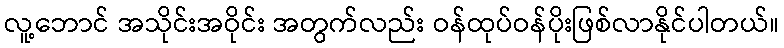
လူ့ဘောင် အသိုင်းအဝိုင်း အတွက်လည်း ဝန်ထုပ်ဝန်ပိုးဖြစ်လာနိုင်ပါတယ်။